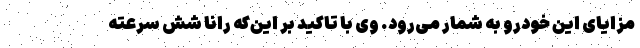
مزایای این خودرو به شمار می‌رود. وی با تاکید بر این‌که رانا شش سرعته